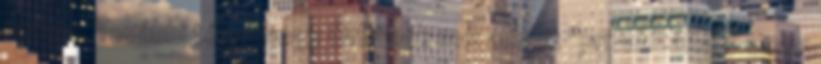
nekem. További tény, hogy Orbánék 10x annyit "privatizáltak" 2010